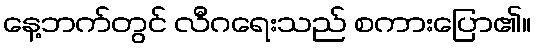
နေ့ဘက်တွင် လီဂရေးသည် စကားပြော၏။